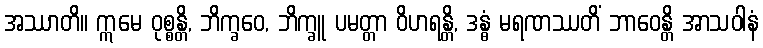
အဿာတိ။ ဣမေ ဝုစ္စန္တိ, ဘိက္ခဝေ, ဘိက္ခူ ပမတ္တာ ဝိဟရန္တိ, ဒန္ဓံ မရဏဿတိံ ဘာဝေန္တိ အာသဝါနံ